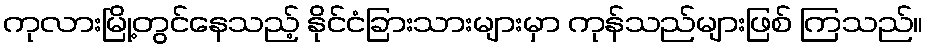
ကုလားမြို့တွင်နေသည့် နိုင်ငံခြားသားများမှာ ကုန်သည်များဖြစ် ကြသည်။